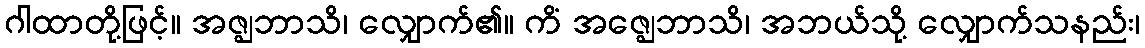
ဂါထာတို့ဖြင့်။ အဇ္ဈဘာသိ၊ လျှောက်၏။ ကိံ အဇ္ဈေဘာသိ၊ အဘယ်သို့ လျှောက်သနည်း၊